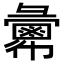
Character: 𢑷